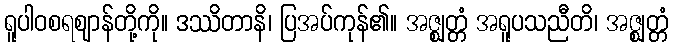
ရူပါဝစရဈာန်တို့ကို။ ဒဿိတာနိ၊ ပြအပ်ကုန်၏။ အဇ္ဈတ္တံ အရူပသညီတိ၊ အဇ္ဈတ္တံ